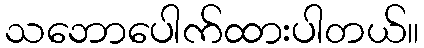
သဘောပေါက်ထားပါတယ်။